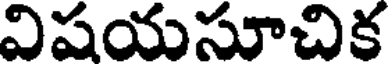
విషయసూచిక